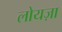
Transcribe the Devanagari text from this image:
लोयज़ा